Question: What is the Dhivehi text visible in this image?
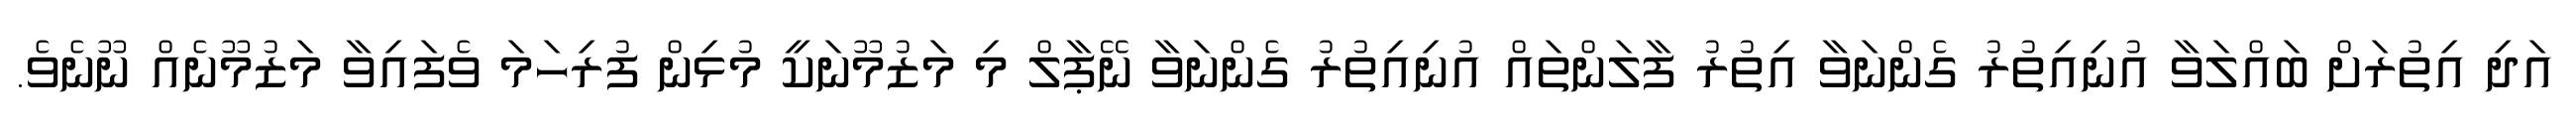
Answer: އަދި އިތުރަށް ބައްލަވާ އުނިއިތުރު ގެންނަވާ އިތުރު ފާލަންތައް އުނިއިތުރު ގެންނަވާ ނޭޕާލް މި މަޒުމޫނަކީ މުޅިން ފުރިހަމަ ވެފައިވާ މަޒުމޫނެއް ނޫނެވެ.